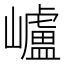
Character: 㠠